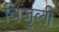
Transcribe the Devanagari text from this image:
बिजुली